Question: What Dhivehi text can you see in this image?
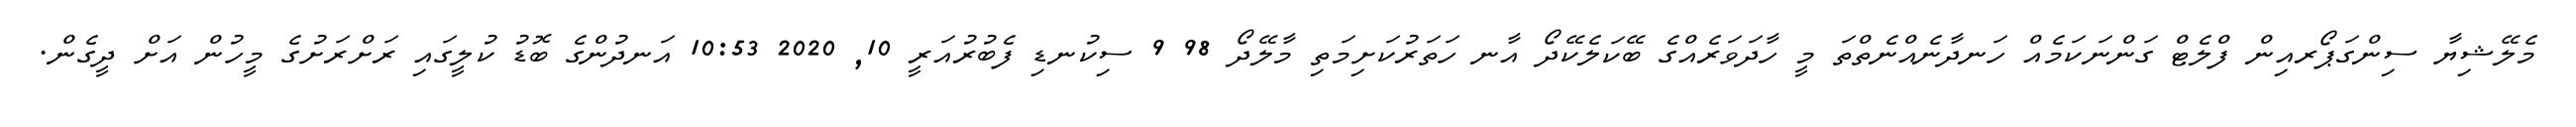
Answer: މެލޭޝިޔާ ސިންގަޕޯރއިން ފްލެޓް ގަންނަކަމެއް ހަނދާނެއްނެތްތަ މީ ހާދަވަރެއްގެ ބޭކަލެކޭދޯ އާނ ހަތަރުކަށިމަތި މާލޭދޯ 98 9 ސިކުނޑި ފެބުރުއަރީ 10, 2020 10:53 އަނދުންގެ ބޮޑު ކުލީގައި ރަށްރަށުގެ މީހުން އަށް ދީގެން.